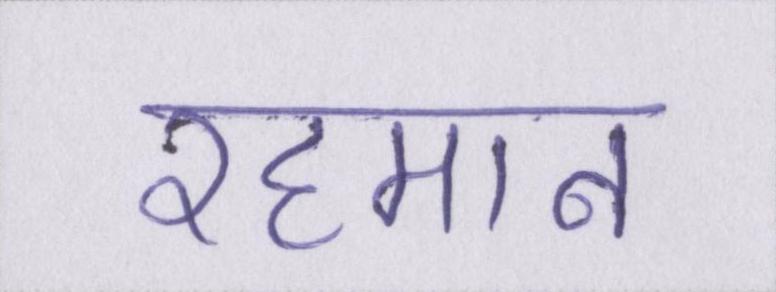
रहमान